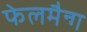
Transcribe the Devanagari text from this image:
फेलमैन्ग